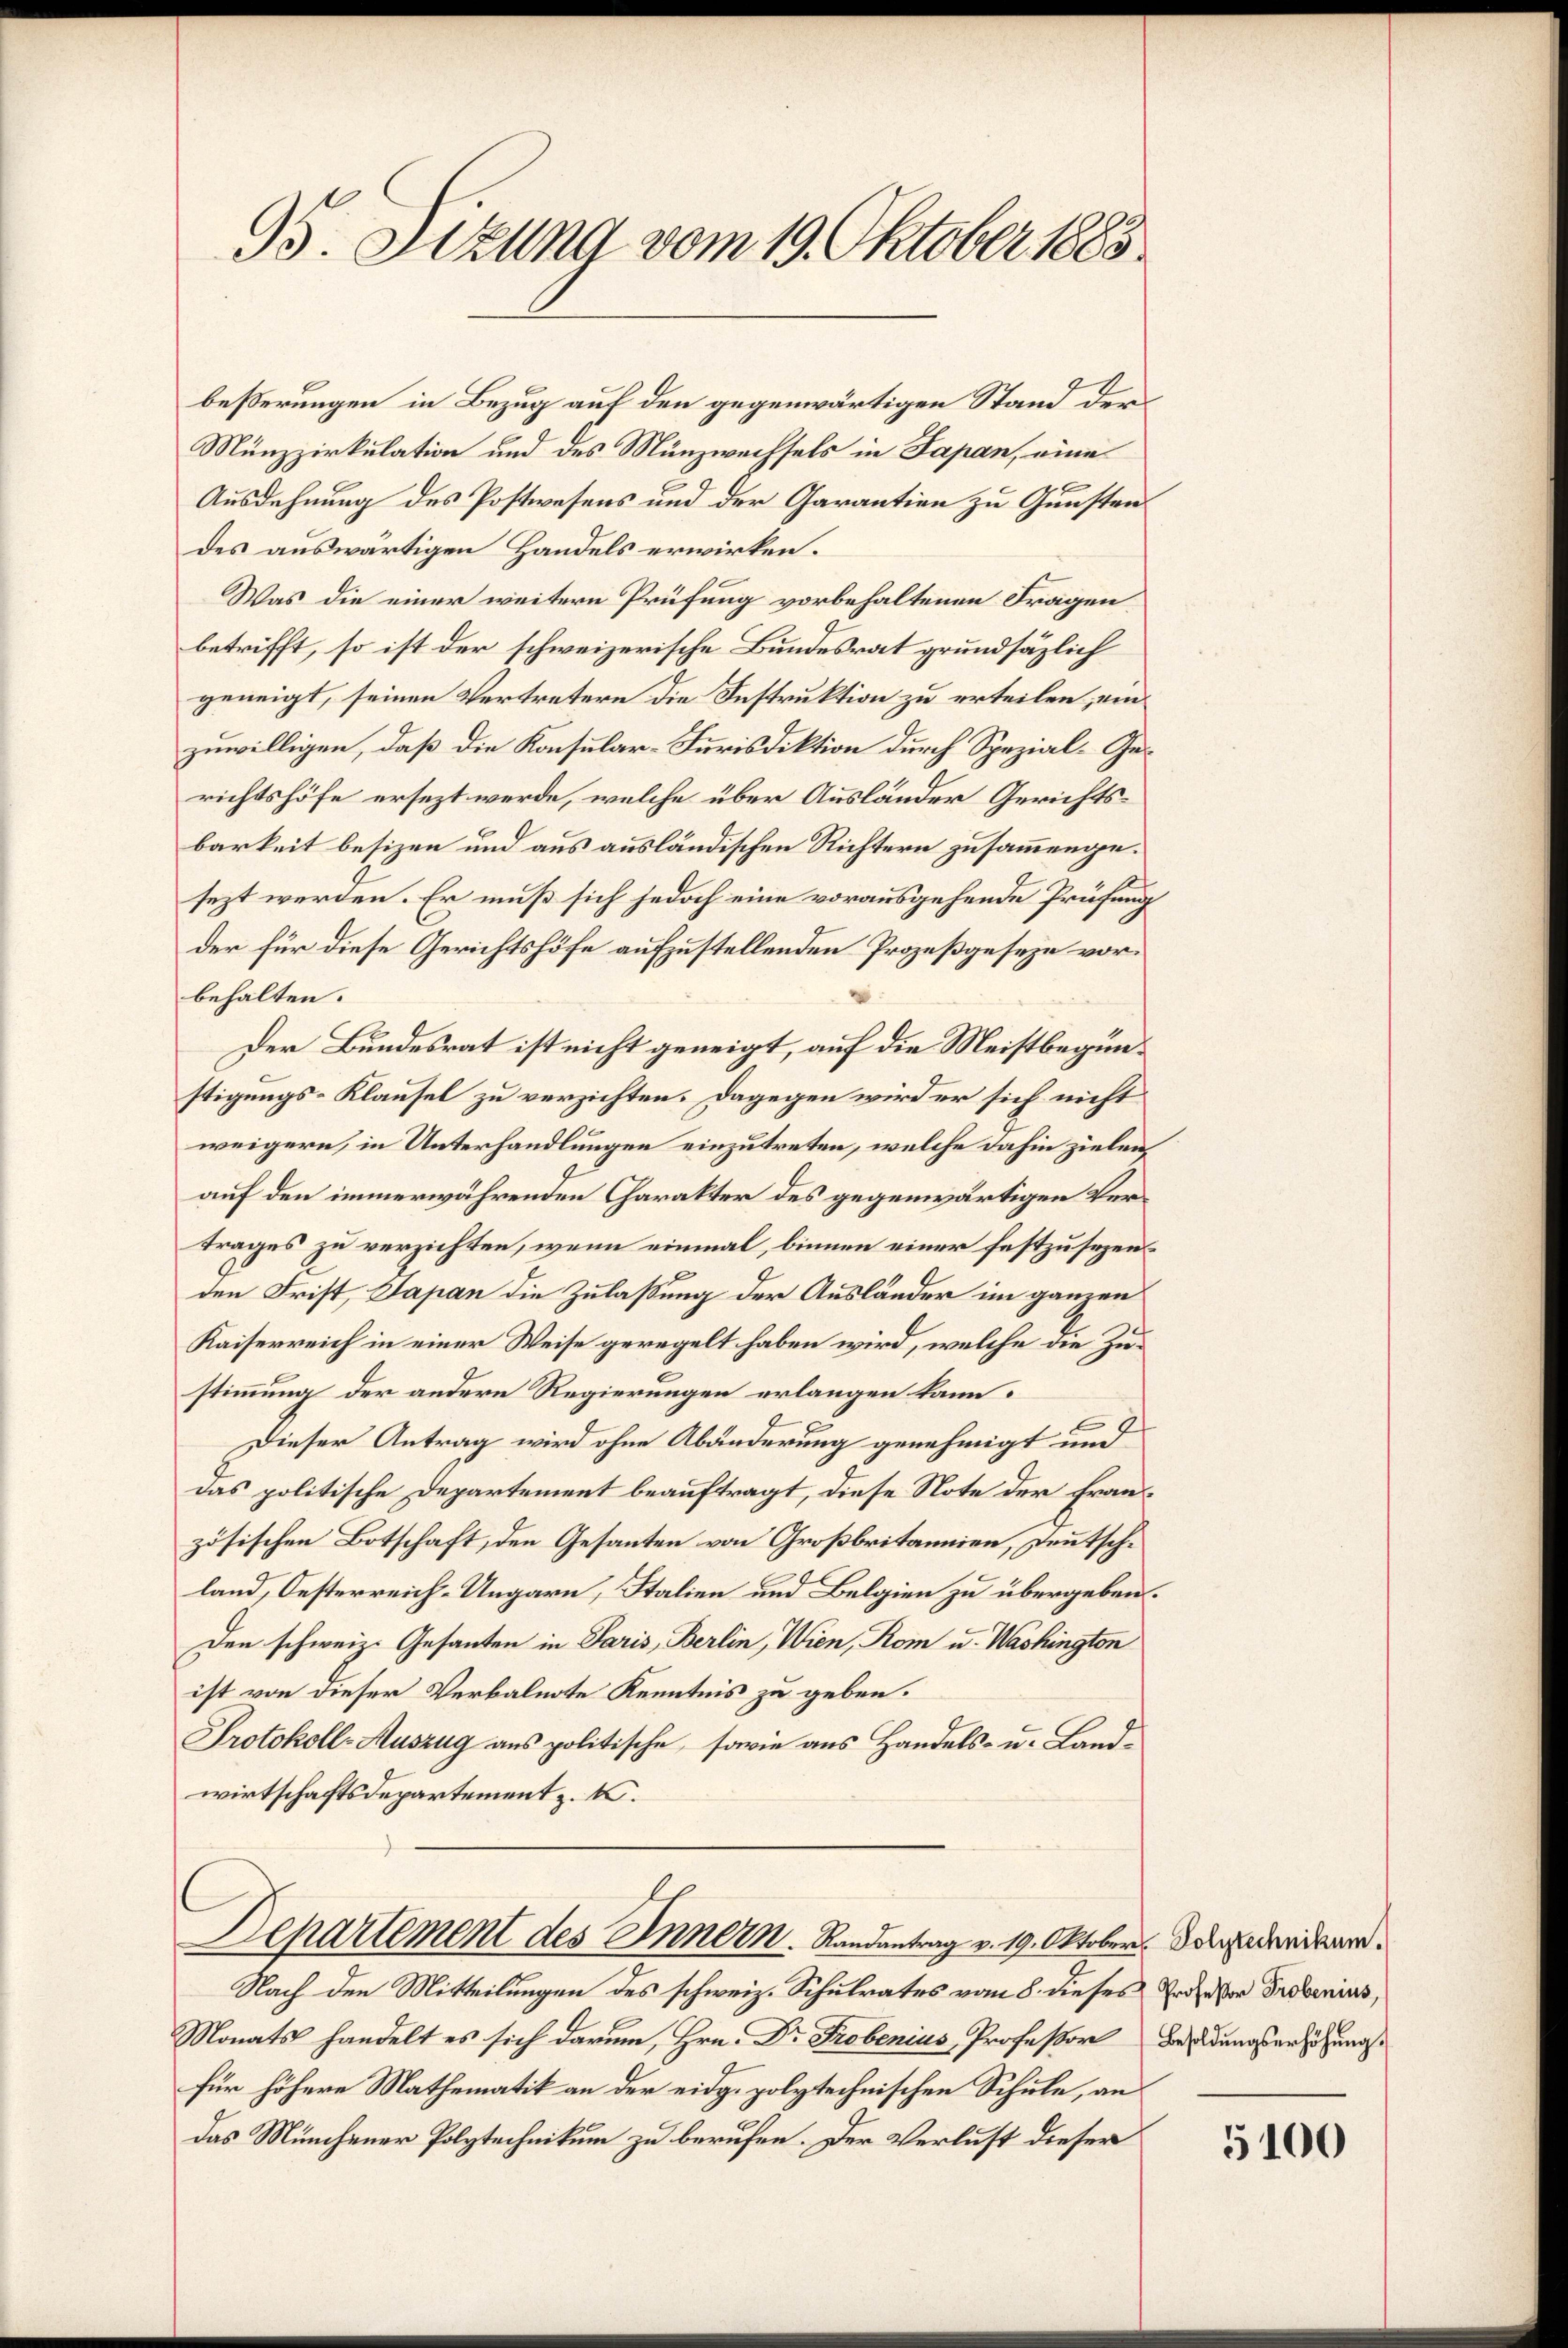
95. Sizung vom 19. Oktober 1883

beßerungen in Bezug auf den gegenwärtigen Stand der
Münzzirkulation und des Münzwechsels in Japan, eine
Ausdehnung des Postwesens und der Garantien zu Gunsten
des auswärtigen Handels erwirken.
Was die einer weitern Prüfung vorbehaltenen Fragen
betrifft, so ist der schweizerische Bundesrat grundsätzlich
geneigt, seinen Vertretern die Instruktion zu erteilen, ein
zuwilligen, daß die Konsular-Furisdiktion durch Spezial-Gerichtshöfe ersezt werde, welche über Ausländer Gerichtsbarkeit besizen und aus ausländischen Richtern zusammengesezt werden. Er muß sich jedoch eine vorausgehende Prüfung
der für diese Gerichtshöfe aufzustellenden Prozeßgeseze vorbehalten.
Der Bundesrat ist nicht geneigt, auf die Meistbegünstigungs-Klausel zu verzichten: Dagegen wird er sich nicht
weigern, in Unterhandlungen einzutreten, welche dahin zielenauf den immerwährenden Charakter des gegenwärtigen Vertrages zu verzichten, wenn einmal, binnen einer festzusezenden Frist, Japan die Zulaßung der Ausländer im ganzen
Kaiserreich in einer Weise geregelt haben wird, welche die Zustimmung der andere Regierungen erlangen kann.
Dieser Antrag wird ohne Abänderung genehmigt und
das politische Departement beauftragt, diese Note der Französischen Botschaft, den Gesanten von Großbritannien, Deutschland, Oesterreich-Ungarn, Italien und Belgien zu übergeben.
Den schweiz. Gesanten in Paris, Berlin, Wien, Rom u. Washington
ist von dieser Verbalnote Kenntnis zu geben.
Protokoll-Auszug aus politische, sowie aus Handels- u. Landwirtschaftsdepartement z. B.
Departement des Innern. Randantrag v. 19. Oktober. Das Gedanidare¬
Nach den Mitteilungen des schweiz. Schulrates vom 8. dieses Todeser Probenius,
Monats handelt es sich darum, Hrn. Dr Probenius, Professor Besoldungserhöhung
für höhere Mathematik an der eidg. polytechnischen Schule, an
das Münchener Polytechnikum zu berufen. Der Verlust dieser

5100